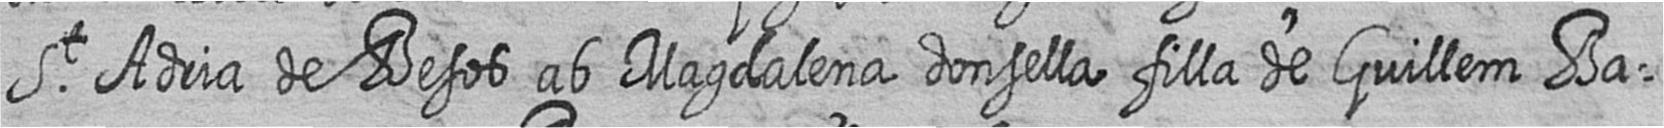
St Adria de Besos ab Magdalena donsella filla de Guillem Ba=